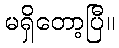
မရှိတော့ပြီ။